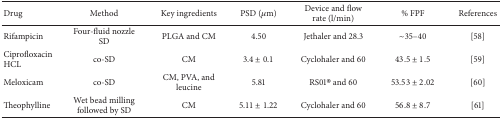
<table><thead><tr><td><b>Drug</b></td><td><b>Method</b></td><td><b>Key ingredients</b></td><td><b>PSD (<i>μ</i>m)</b></td><td><b>Device and flow rate (l/min)</b></td><td><b>% FPF</b></td><td><b>References</b></td></tr></thead><tbody><tr><td>Rifampicin</td><td>Four-fluid nozzle SD</td><td>PLGA and CM</td><td>4.50</td><td>Jethaler and 28.3</td><td>~35–40</td><td>[58]</td></tr><tr><td>Ciprofloxacin HCL</td><td>co-SD</td><td>CM</td><td>3.4 ± 0.1</td><td>Cyclohaler and 60</td><td>43.5 ± 1.5</td><td>[59]</td></tr><tr><td>Meloxicam</td><td>co-SD</td><td>CM, PVA, and leucine</td><td>5.81</td><td>RS01® and 60</td><td>53.53 ± 2.02</td><td>[60]</td></tr><tr><td>Theophylline</td><td>Wet bead milling followed by SD</td><td>CM</td><td>5.11 ± 1.22</td><td>Cyclohaler and 60</td><td>56.8 ± 8.7</td><td>[61]</td></tr></tbody></table>